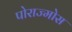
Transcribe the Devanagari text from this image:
पोराज्मोस